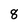
Character: 8